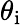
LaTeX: \theta_{\mathrm{i}}